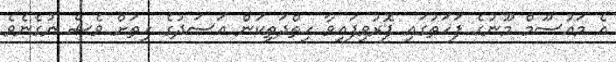
އެ މައުސޫމް މޫނުގެ ފަހަތުގައި ފޮރުވިފައިވާ ހިތްދަތިކަން އަސަދުގެ ހިތަށް ވެސް ނުގެނެވެ